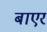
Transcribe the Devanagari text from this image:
बाएर